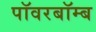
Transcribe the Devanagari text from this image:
पॉवरबॉम्ब